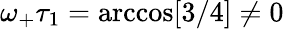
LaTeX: \omega_{+}\tau_{1}=\operatorname{arccos}[3/4]\neq 0